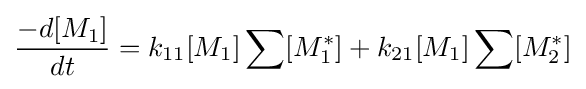
{\frac {-d[M_{1}]}{dt}}=k_{11}[M_{1}]\sum [M_{1}^{*}]+k_{21}[M_{1}]\sum [M_{2}^{*}]